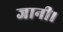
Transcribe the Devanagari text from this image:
जानी।